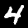
Digit: 4